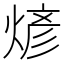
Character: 𬊰